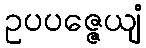
ဥပပဇ္ဇေယျံ